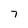
Character: 7